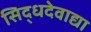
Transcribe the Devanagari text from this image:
सिद्धदेवाद्या